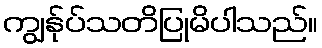
ကျွန်ုပ်သတိပြုမိပါသည်။